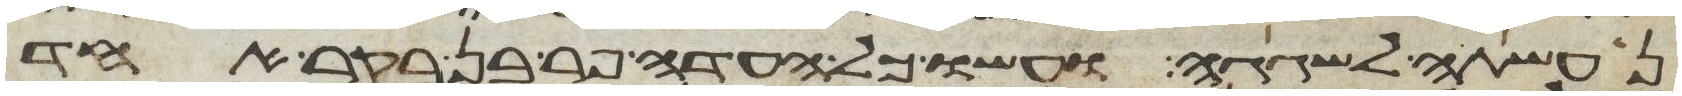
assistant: נעשתה לשגגה ועשו כל העדה פר בן בקר אחד